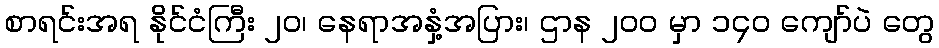
စာရင်းအရ နိုင်ငံကြီး ၂၀၊ နေရာအနှံ့အပြား၊ ဌာန ၂၀၀ မှာ ၁၄၀ ကျော်ပဲ တွေ